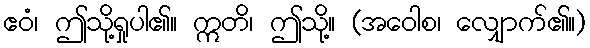
ဧဝံ၊ ဤသို့ရှုပါ၏။ ဣတိ၊ ဤသို့။ (အဝေါစ၊ လျှောက်၏။)